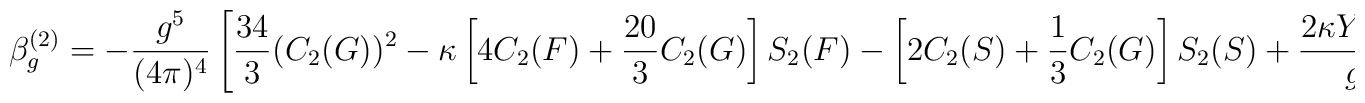
\beta_g^{(2)} = - \frac{g^5}{(4 \pi)^4} \left[ \frac{34}{3} (C_2(G))^2- \kappa \left[ 4C_2(F) + \frac{20}{3} C_2(G) \right] S_2(F)-\left[ 2 C_2(S) + \frac{1}{3} C_2(G) \right] S_2(S) + \frac{2 \kappa Y_4(F)}{g^2} \right]